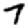
Digit: 7